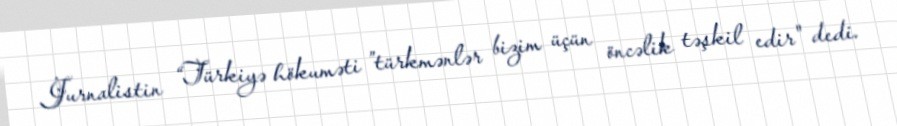
Jurnalistin “Türkiyə hökuməti ”türkmənlər bizim üçün öncəlik təşkil edir" dedi.